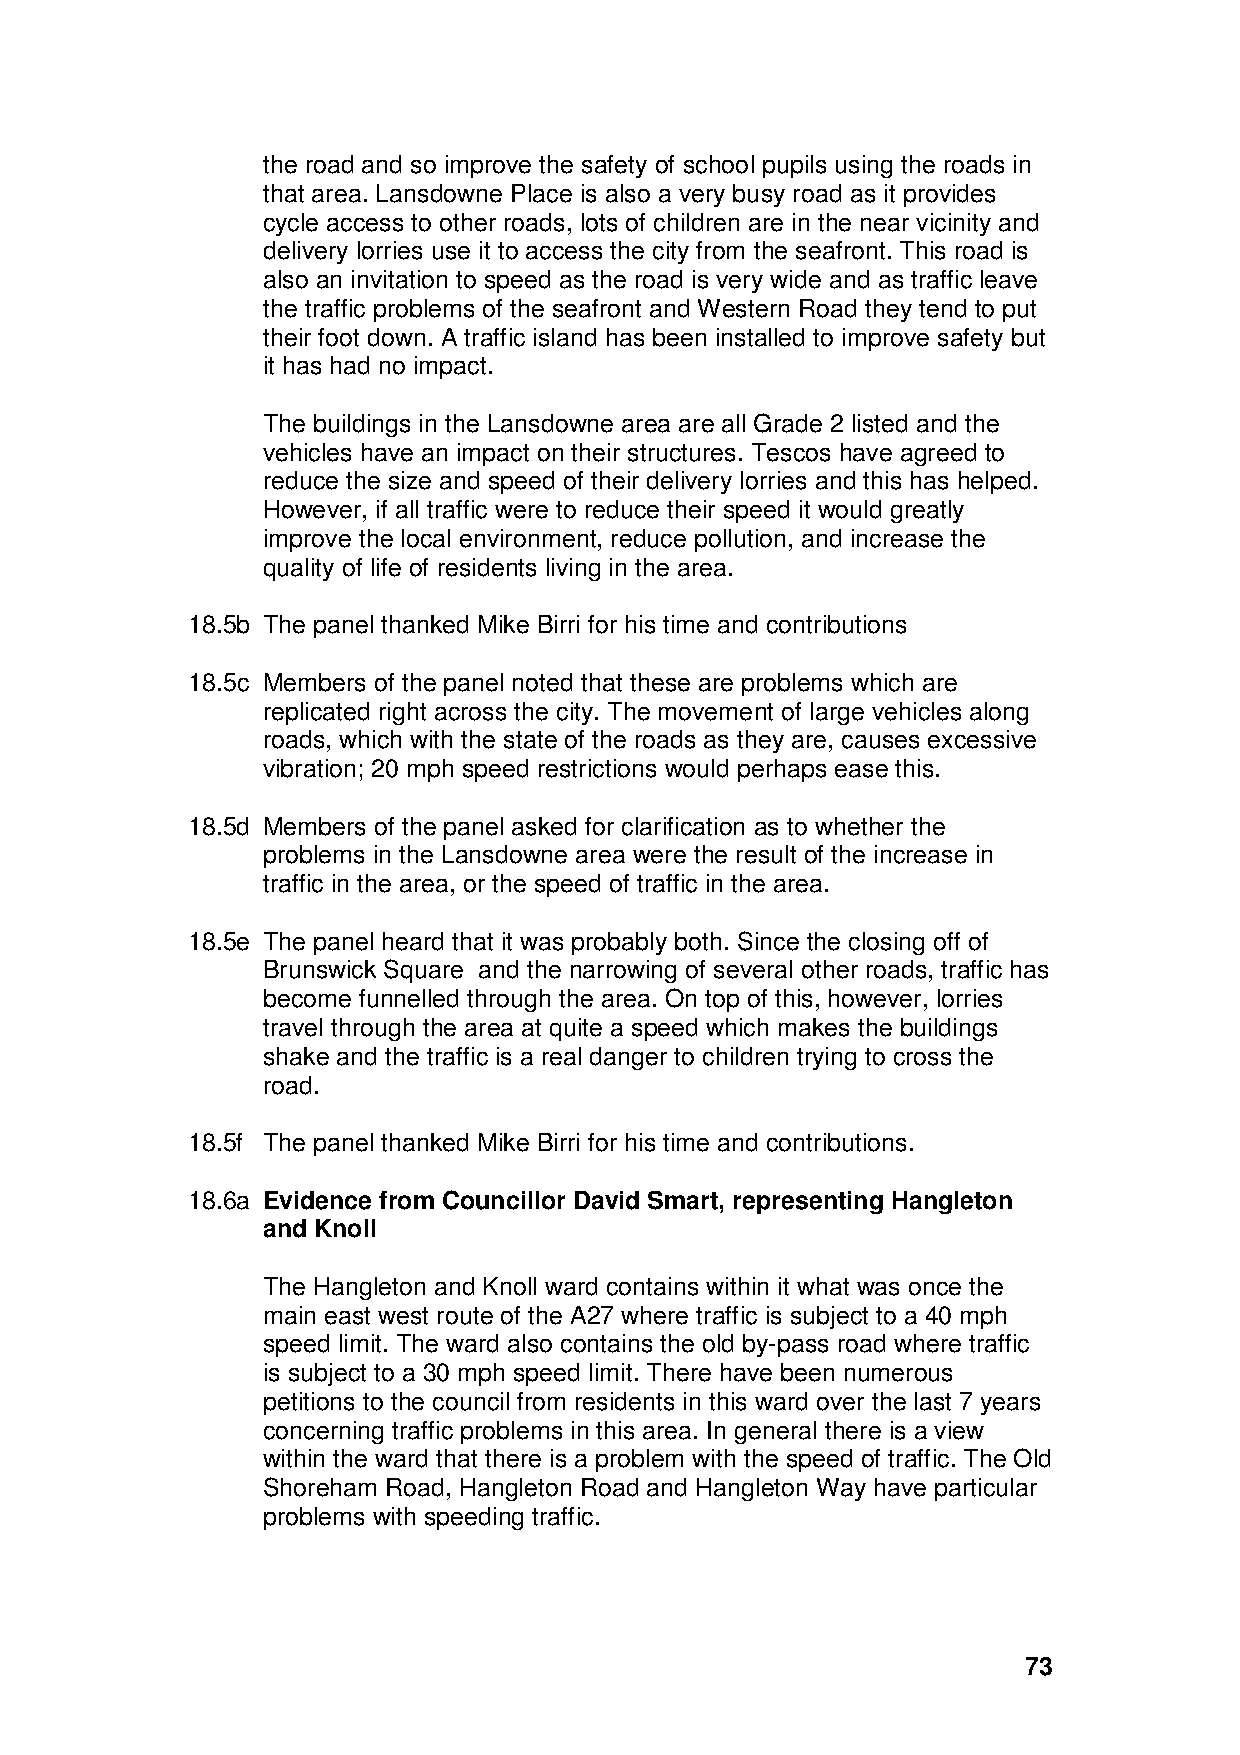
the road and so improve the safety of school pupils using the roads in
 that area. Lansdowne Place is also a very busy road as it provides
 cycle access to other roads, lots of children are in the near vicinity and
 delivery lorries use it to access the city from the seafront. This road is
 also an invitation to speed as the road is very wide and as traffic leave
 the traffic problems of the seafront and Western Road they tend to put
 their foot down. A traffic island has been installed to improve safety but
 it has had no impact.
 The buildings in the Lansdowne area are all Grade 2 listed and the
 vehicles have an impact on their structures. Tescos have agreed to
 reduce the size and speed of their delivery lorries and this has helped.
 However, if all traffic were to reduce their speed it would greatly
 improve the local environment, reduce pollution, and increase the
 quality of life of residents living in the area.
 18.5b The panel thanked Mike Birri for his time and contributions
 18.5c Members of the panel noted that these are problems which are
 replicated right across the city. The movement of large vehicles along
 roads, which with the state of the roads as they are, causes excessive
 vibration; 20 mph speed restrictions would perhaps ease this.
 18.5d Members of the panel asked for clarification as to whether the
 problems in the Lansdowne area were the result of the increase in
 traffic in the area, or the speed of traffic in the area.
 18.5e The panel heard that it was probably both. Since the closing off of
 Brunswick Square and the narrowing of several other roads, traffic has
 become funnelled through the area. On top of this, however, lorries
 travel through the area at quite a speed which makes the buildings
 shake and the traffic is a real danger to children trying to cross the
 road.
 18.5f The panel thanked Mike Birri for his time and contributions.
 18.6a Evidence from Councillor David Smart, representing Hangleton
 and Knoll
 The Hangleton and Knoll ward contains within it what was once the
 main east west route of the A27 where traffic is subject to a 40 mph
 speed limit. The ward also contains the old by-pass road where traffic
 is subject to a 30 mph speed limit. There have been numerous
 petitions to the council from residents in this ward over the last 7 years
 concerning traffic problems in this area. In general there is a view
 within the ward that there is a problem with the speed of traffic. The Old
 Shoreham Road, Hangleton Road and Hangleton Way have particular
 problems with speeding traffic.
 73